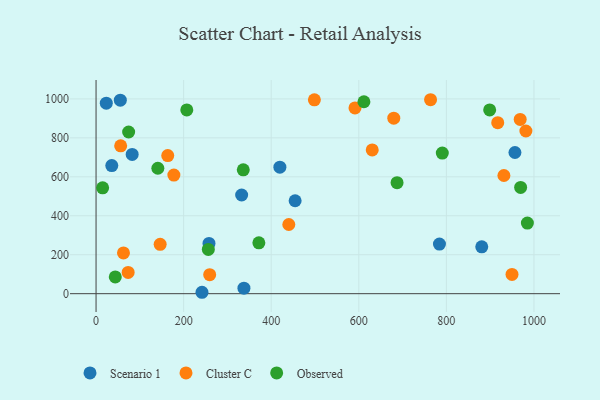
{"axis": {"x": "Price", "y": "Yield"}, "legend": ["Cluster C", "Observed", "Scenario 1"], "data": [{"x": "241.9", "y": 7.2, "type": "Scenario 1"}, {"x": "55.4", "y": 993.7, "type": "Scenario 1"}, {"x": "257.9", "y": 257.9, "type": "Scenario 1"}, {"x": "784.2", "y": 254.9, "type": "Scenario 1"}, {"x": "35.9", "y": 657.5, "type": "Scenario 1"}, {"x": "23.4", "y": 978.3, "type": "Scenario 1"}, {"x": "332.5", "y": 506.6, "type": "Scenario 1"}, {"x": "337.7", "y": 28.0, "type": "Scenario 1"}, {"x": "956.6", "y": 724.9, "type": "Scenario 1"}, {"x": "880.8", "y": 240.8, "type": "Scenario 1"}, {"x": "82.5", "y": 714.9, "type": "Scenario 1"}, {"x": "454.6", "y": 477.0, "type": "Scenario 1"}, {"x": "419.8", "y": 649.5, "type": "Scenario 1"}, {"x": "981.6", "y": 835.2, "type": "Cluster C"}, {"x": "630.7", "y": 738.1, "type": "Cluster C"}, {"x": "62.6", "y": 209.3, "type": "Cluster C"}, {"x": "259.5", "y": 97.8, "type": "Cluster C"}, {"x": "679.9", "y": 901.3, "type": "Cluster C"}, {"x": "931.4", "y": 606.7, "type": "Cluster C"}, {"x": "56.2", "y": 759.1, "type": "Cluster C"}, {"x": "163.7", "y": 709.2, "type": "Cluster C"}, {"x": "440.2", "y": 355.1, "type": "Cluster C"}, {"x": "763.9", "y": 995.8, "type": "Cluster C"}, {"x": "968.6", "y": 894.8, "type": "Cluster C"}, {"x": "177.7", "y": 608.7, "type": "Cluster C"}, {"x": "498.6", "y": 995.3, "type": "Cluster C"}, {"x": "591.3", "y": 953.5, "type": "Cluster C"}, {"x": "917.3", "y": 877.9, "type": "Cluster C"}, {"x": "146.4", "y": 253.6, "type": "Cluster C"}, {"x": "949.9", "y": 98.7, "type": "Cluster C"}, {"x": "73.3", "y": 109.3, "type": "Cluster C"}, {"x": "141.1", "y": 644.0, "type": "Observed"}, {"x": "336.2", "y": 636.0, "type": "Observed"}, {"x": "207.2", "y": 943.5, "type": "Observed"}, {"x": "43.9", "y": 86.2, "type": "Observed"}, {"x": "790.7", "y": 721.7, "type": "Observed"}, {"x": "74.4", "y": 830.2, "type": "Observed"}, {"x": "985.0", "y": 362.5, "type": "Observed"}, {"x": "371.8", "y": 260.9, "type": "Observed"}, {"x": "687.4", "y": 570.0, "type": "Observed"}, {"x": "256.4", "y": 227.2, "type": "Observed"}, {"x": "898.9", "y": 943.4, "type": "Observed"}, {"x": "969.6", "y": 545.4, "type": "Observed"}, {"x": "15.0", "y": 543.3, "type": "Observed"}, {"x": "611.7", "y": 985.3, "type": "Observed"}]}